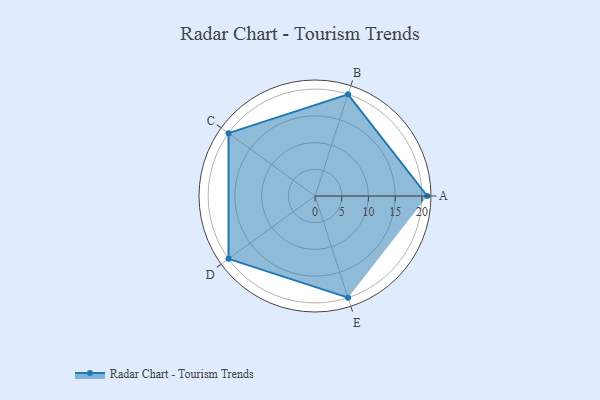
{"axis": {"x": "Skill", "y": "Score"}, "legend": ["Profile"], "data": [{"x": "A", "y": 21.0, "type": "Profile"}, {"x": "B", "y": 20.0, "type": "Profile"}, {"x": "C", "y": 20, "type": "Profile"}, {"x": "D", "y": 20, "type": "Profile"}, {"x": "E", "y": 20, "type": "Profile"}]}